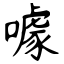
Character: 噱